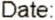
DATE: